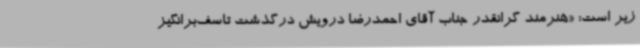
زیر است: «هنرمند گرانقدر جناب آقای احمدرضا درویش درگذشت تاسف‌برانگیز